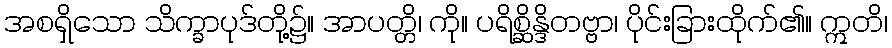
အစရှိသော သိက္ခာပုဒ်တို့၌။ အာပတ္တိ၊ ကို။ ပရိစ္ဆိန္ဒိတဗ္ဗာ၊ ပိုင်းခြားထိုက်၏။ ဣတိ၊